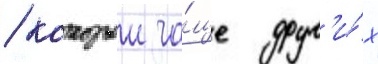
/ которыи ча́ще друг'и́х